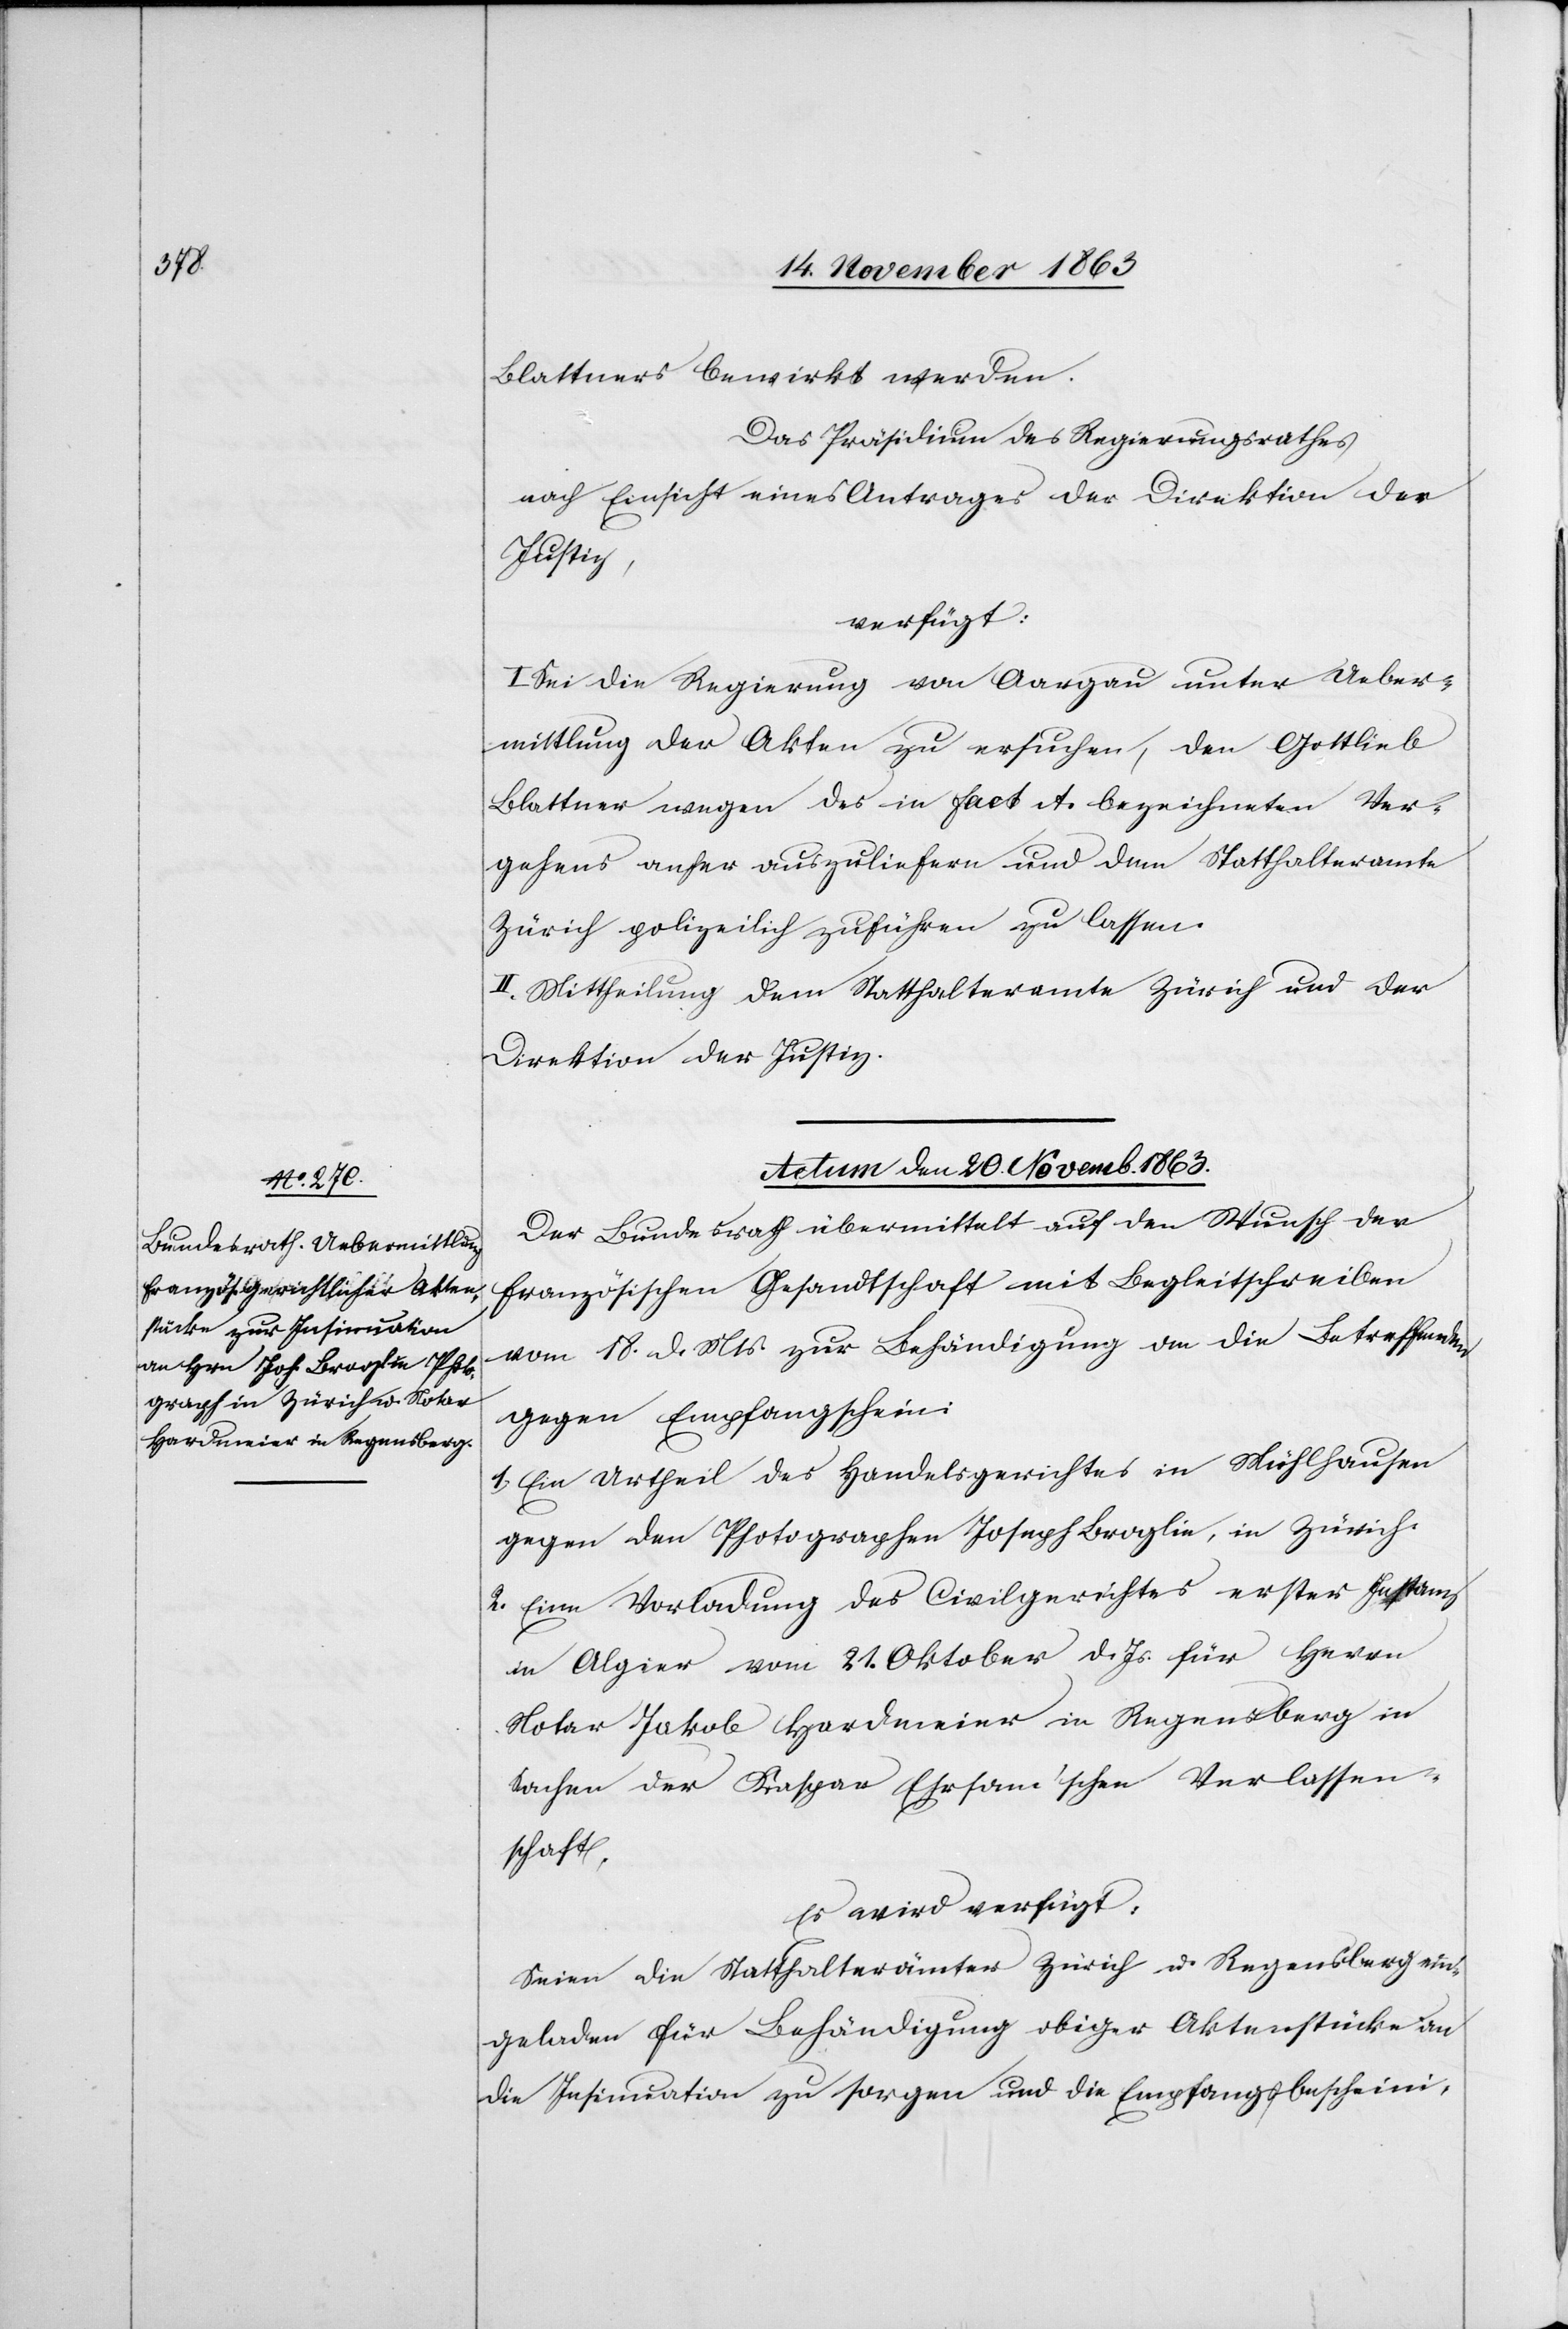
Blattners bewirkt werden.
Das Präsidium des Regierungsrathes
nach Einsicht eines Antrages der Direktion der
Justiz,
verfügt:
I. Sei die Regierung von Aargau unter Ueber¬
mittlung der Akten zu ersuchen, den Gottlieb
Blattner wegen des in Fact A. bezeichneten Ver¬
gehens anher auszuliefern und dem Statthalteramte
Zürich polizeilich zuführen zu lassen.
II. Mittheilung dem Statthalteramte Zürich und der
Direktion der Justiz.
Actum den 20. Novemb. 1863.
Der Bundesrath übermittelt auf den Wunsch der
französischen Gesandtschaft mit Begleitschreiben
vom 18. d. Mts. zur Behändigung an die Betreffenden
gegen Empfangschein:
1. Ein Urtheil des Handelsgerichtes in Mühlhausen
gegen den Photographen Joseph Broglie, in Zürich.
2. Eine Vorladung des Civilgerichtes erster Instanz
in Algier vom 21. Oktober d. Js. für Herrn
Notar Jakob Hardmeier in Regensberg in
Sachen der Kaspar Ehrsam'schen Verlassen¬
schaft.
Es wird verfügt:
Seien die Statthalterämter Zürich u. Regensberg ein¬
geladen für Behändigung obiger Aktenstücke an
die Insinuation zu sorgen und die Empfangsbescheini-